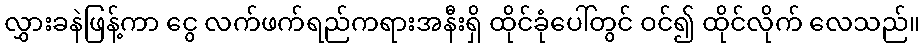
လွှားခနဲဖြန့်ကာ ငွေ လက်ဖက်ရည်ကရားအနီးရှိ ထိုင်ခုံပေါ်တွင် ဝင်၍ ထိုင်လိုက် လေသည်။